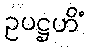
ဥပဋ္ဌဟိံ